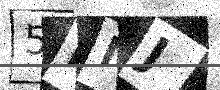
Text: 5PNJ